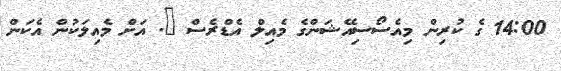
14:00 ގެ ކުރިން މިއެސޯސިއޭޝަންގެ މެއިލް އެޑްރެސް @. އަށް މެއިލަކުން އެކަން